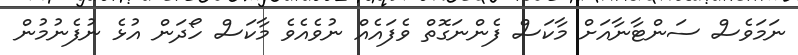
ނަމަވެސް ސަންޓާނާއަށް މާކަސް ފެންނަގޮތް ވެފައެއް ނުވެއެވެ މާކަސް ހޯދަން އުޅެ ނުފެނުމުން